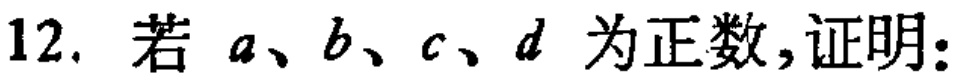
12. 若 \(a、b、c、d\) 为正数,证明: